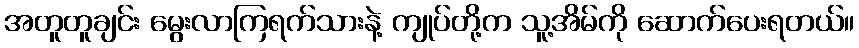
အတူတူချင်း မွေးလာကြရက်သားနဲ့ ကျုပ်တို့က သူ့အိမ်ကို ဆောက်ပေးရတယ်။